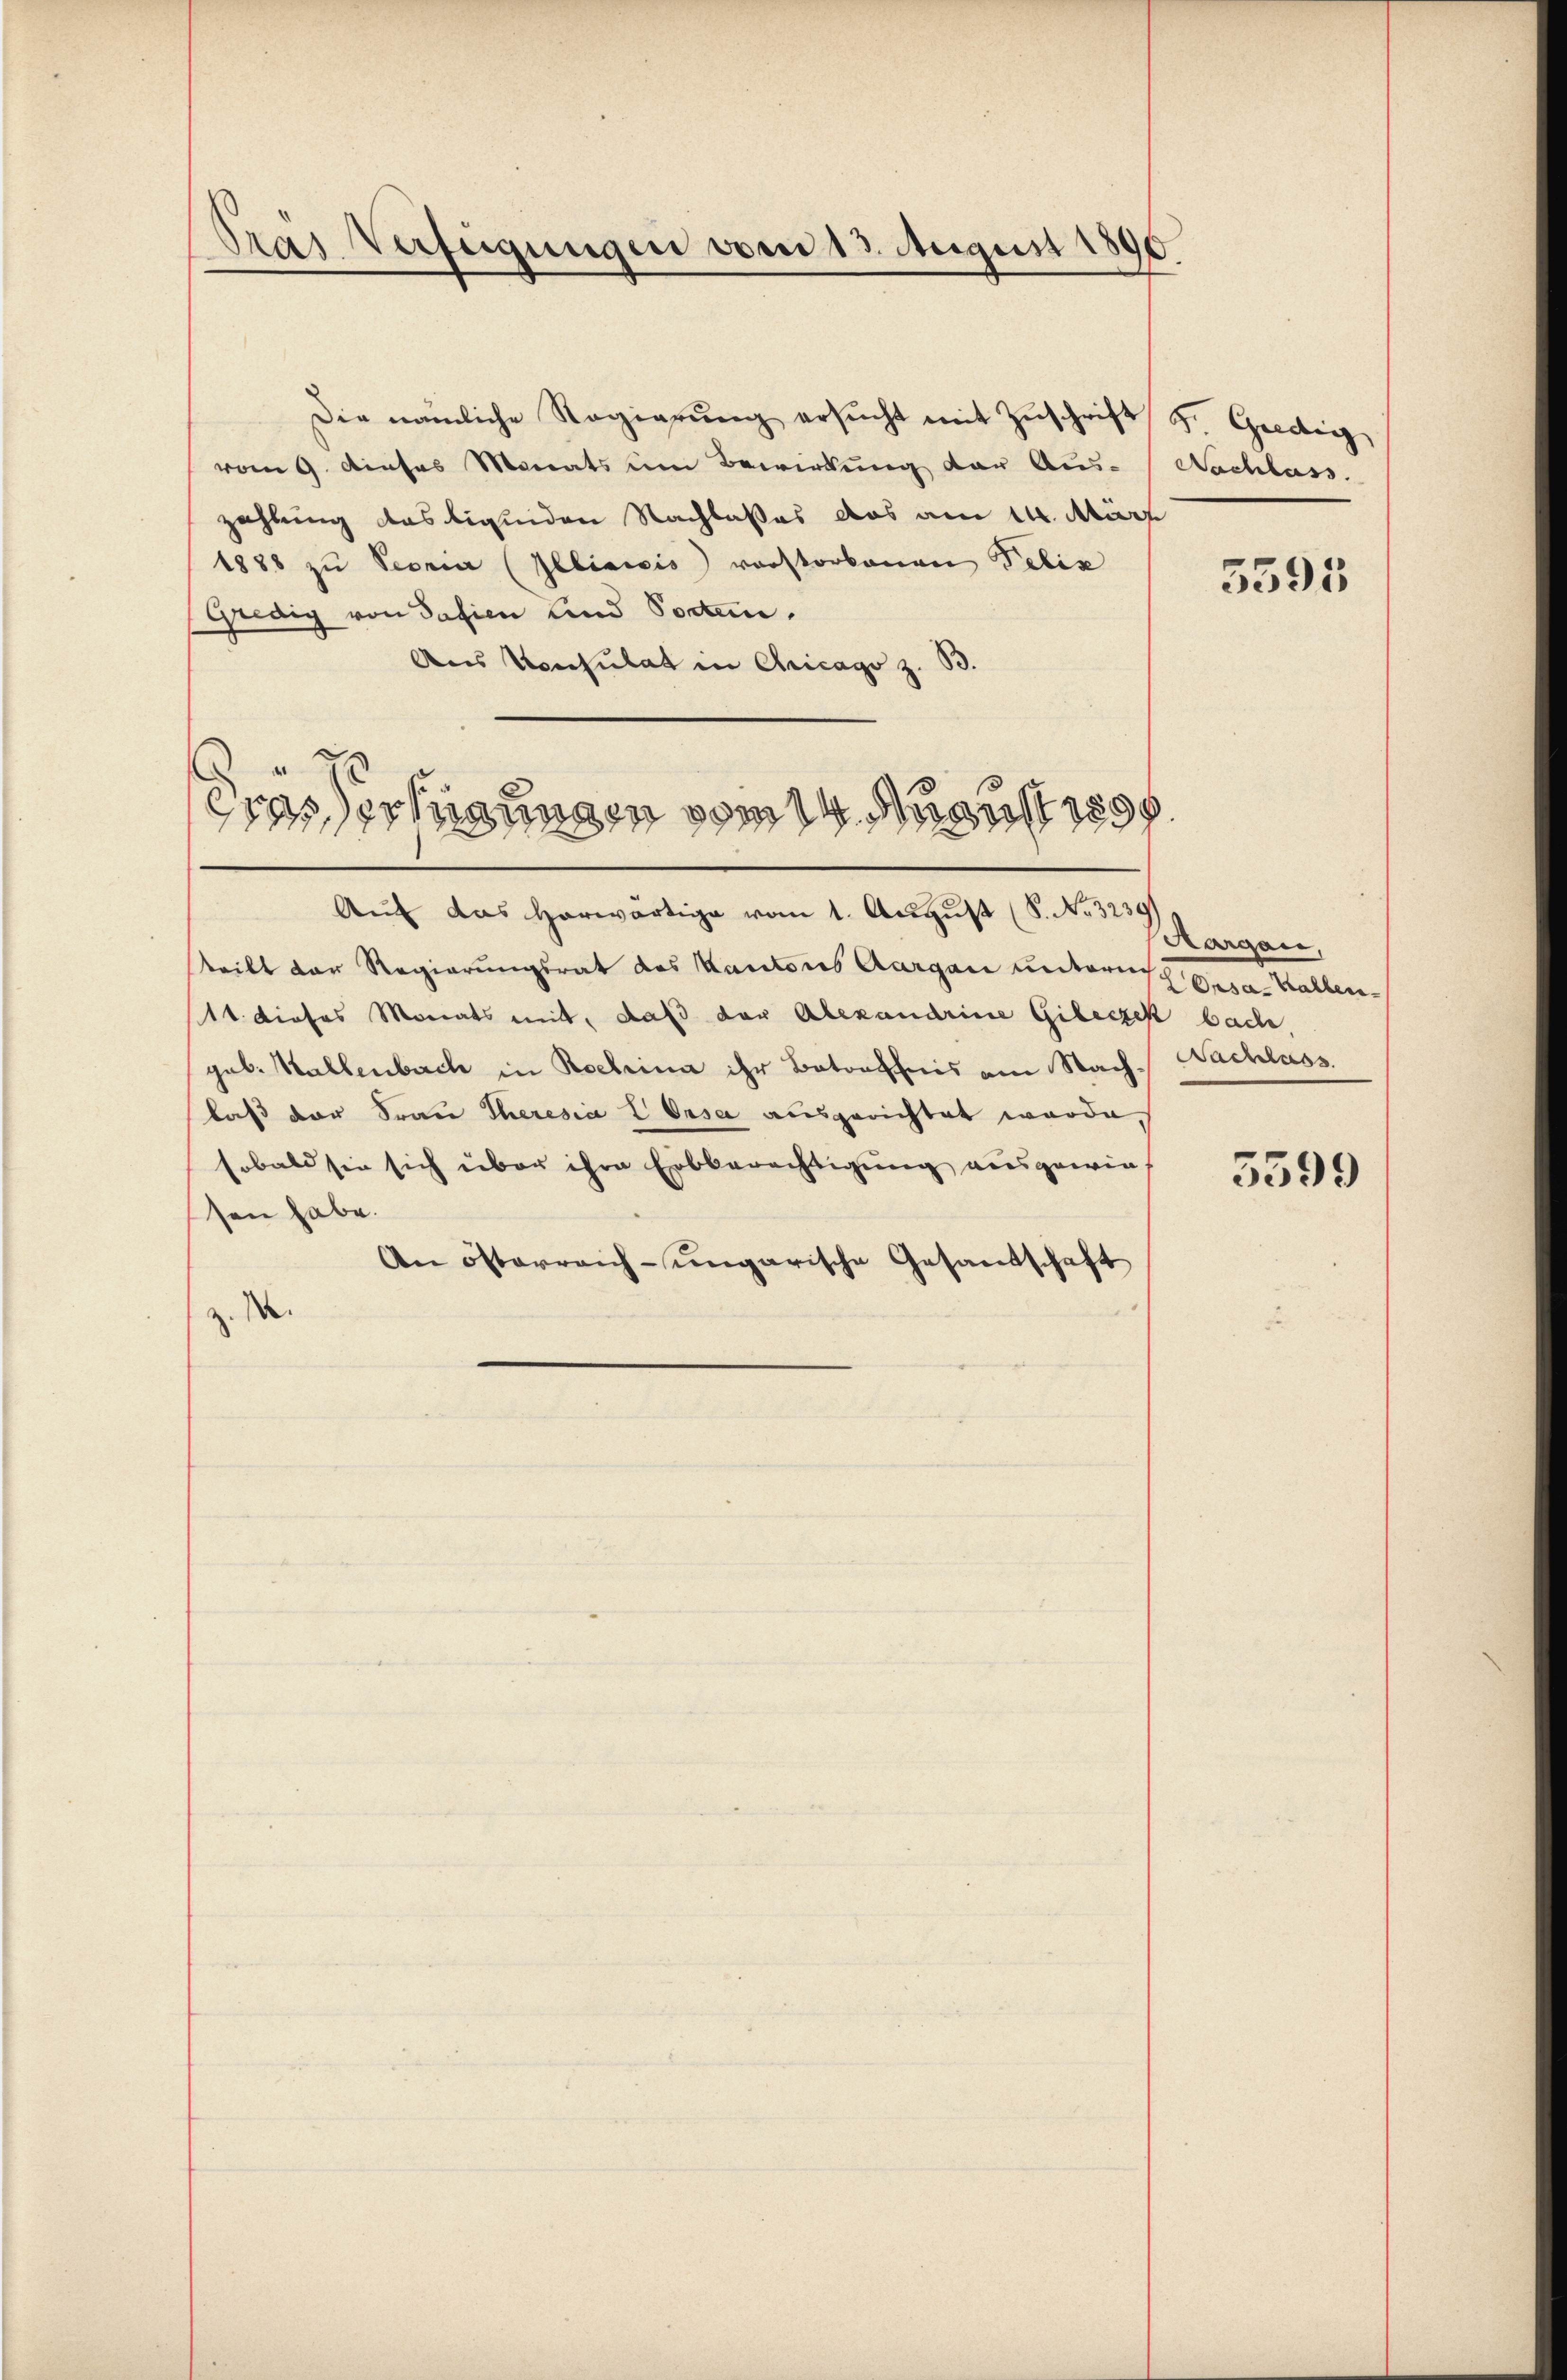
Gras Verfügungen vom 13. August 1890.

Die nämliche Regierŭng ersŭcht mit Zŭschrift Fr. Gredig
vom 9. dieses Monats um Bewirkung der Aus-
zahlung des liquiden Nachlaßes das am 14. März
1888 zu Peoria (Illiticis vorstorbenen Felix
Gredig von Safien und Porten.
Aus Konsulat in Aricago z.
Auf das herwärtige vom 1. August (S. No. 3239
teilt der Regierungsrat des Kantons Aargau unternisch Gesa-Kalten¬
11. dieses Monats mit, daß der Alexandrine Gileczek bach,
gab. Hallenbach in Rochina ihr Botoeffnis am Nachlaß der Frau Theresia E Orsa ausgerichtet worde,
sobald sie sich über ihre Erbberechtigung ausgewiesen habe.
An österreich-ungarische Gesandschaft
z. M.

Gras erfügungen vom 14. August 1858.

Nachlass.

5595

Aargau,
Nachlass

5599